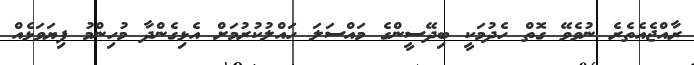
ރާއްޖެއެތެރެ ނުވެވޭ ގޮތް ހެދުމަކީ ބިދޭސީންގެ މައްސަލަ ހައްލުކުރުމަށް އެޅިގެންދާ މުހިންމު ފިޔަވަޅެއް